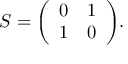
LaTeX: S = { \left( \begin{array} { l l } { 0 } & { 1 } \\ { 1 } & { 0 } \end{array} \right) } .